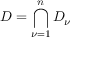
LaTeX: D = \bigcap _ { \nu = 1 } ^ { n } D _ { \nu }